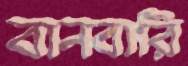
বানবারি